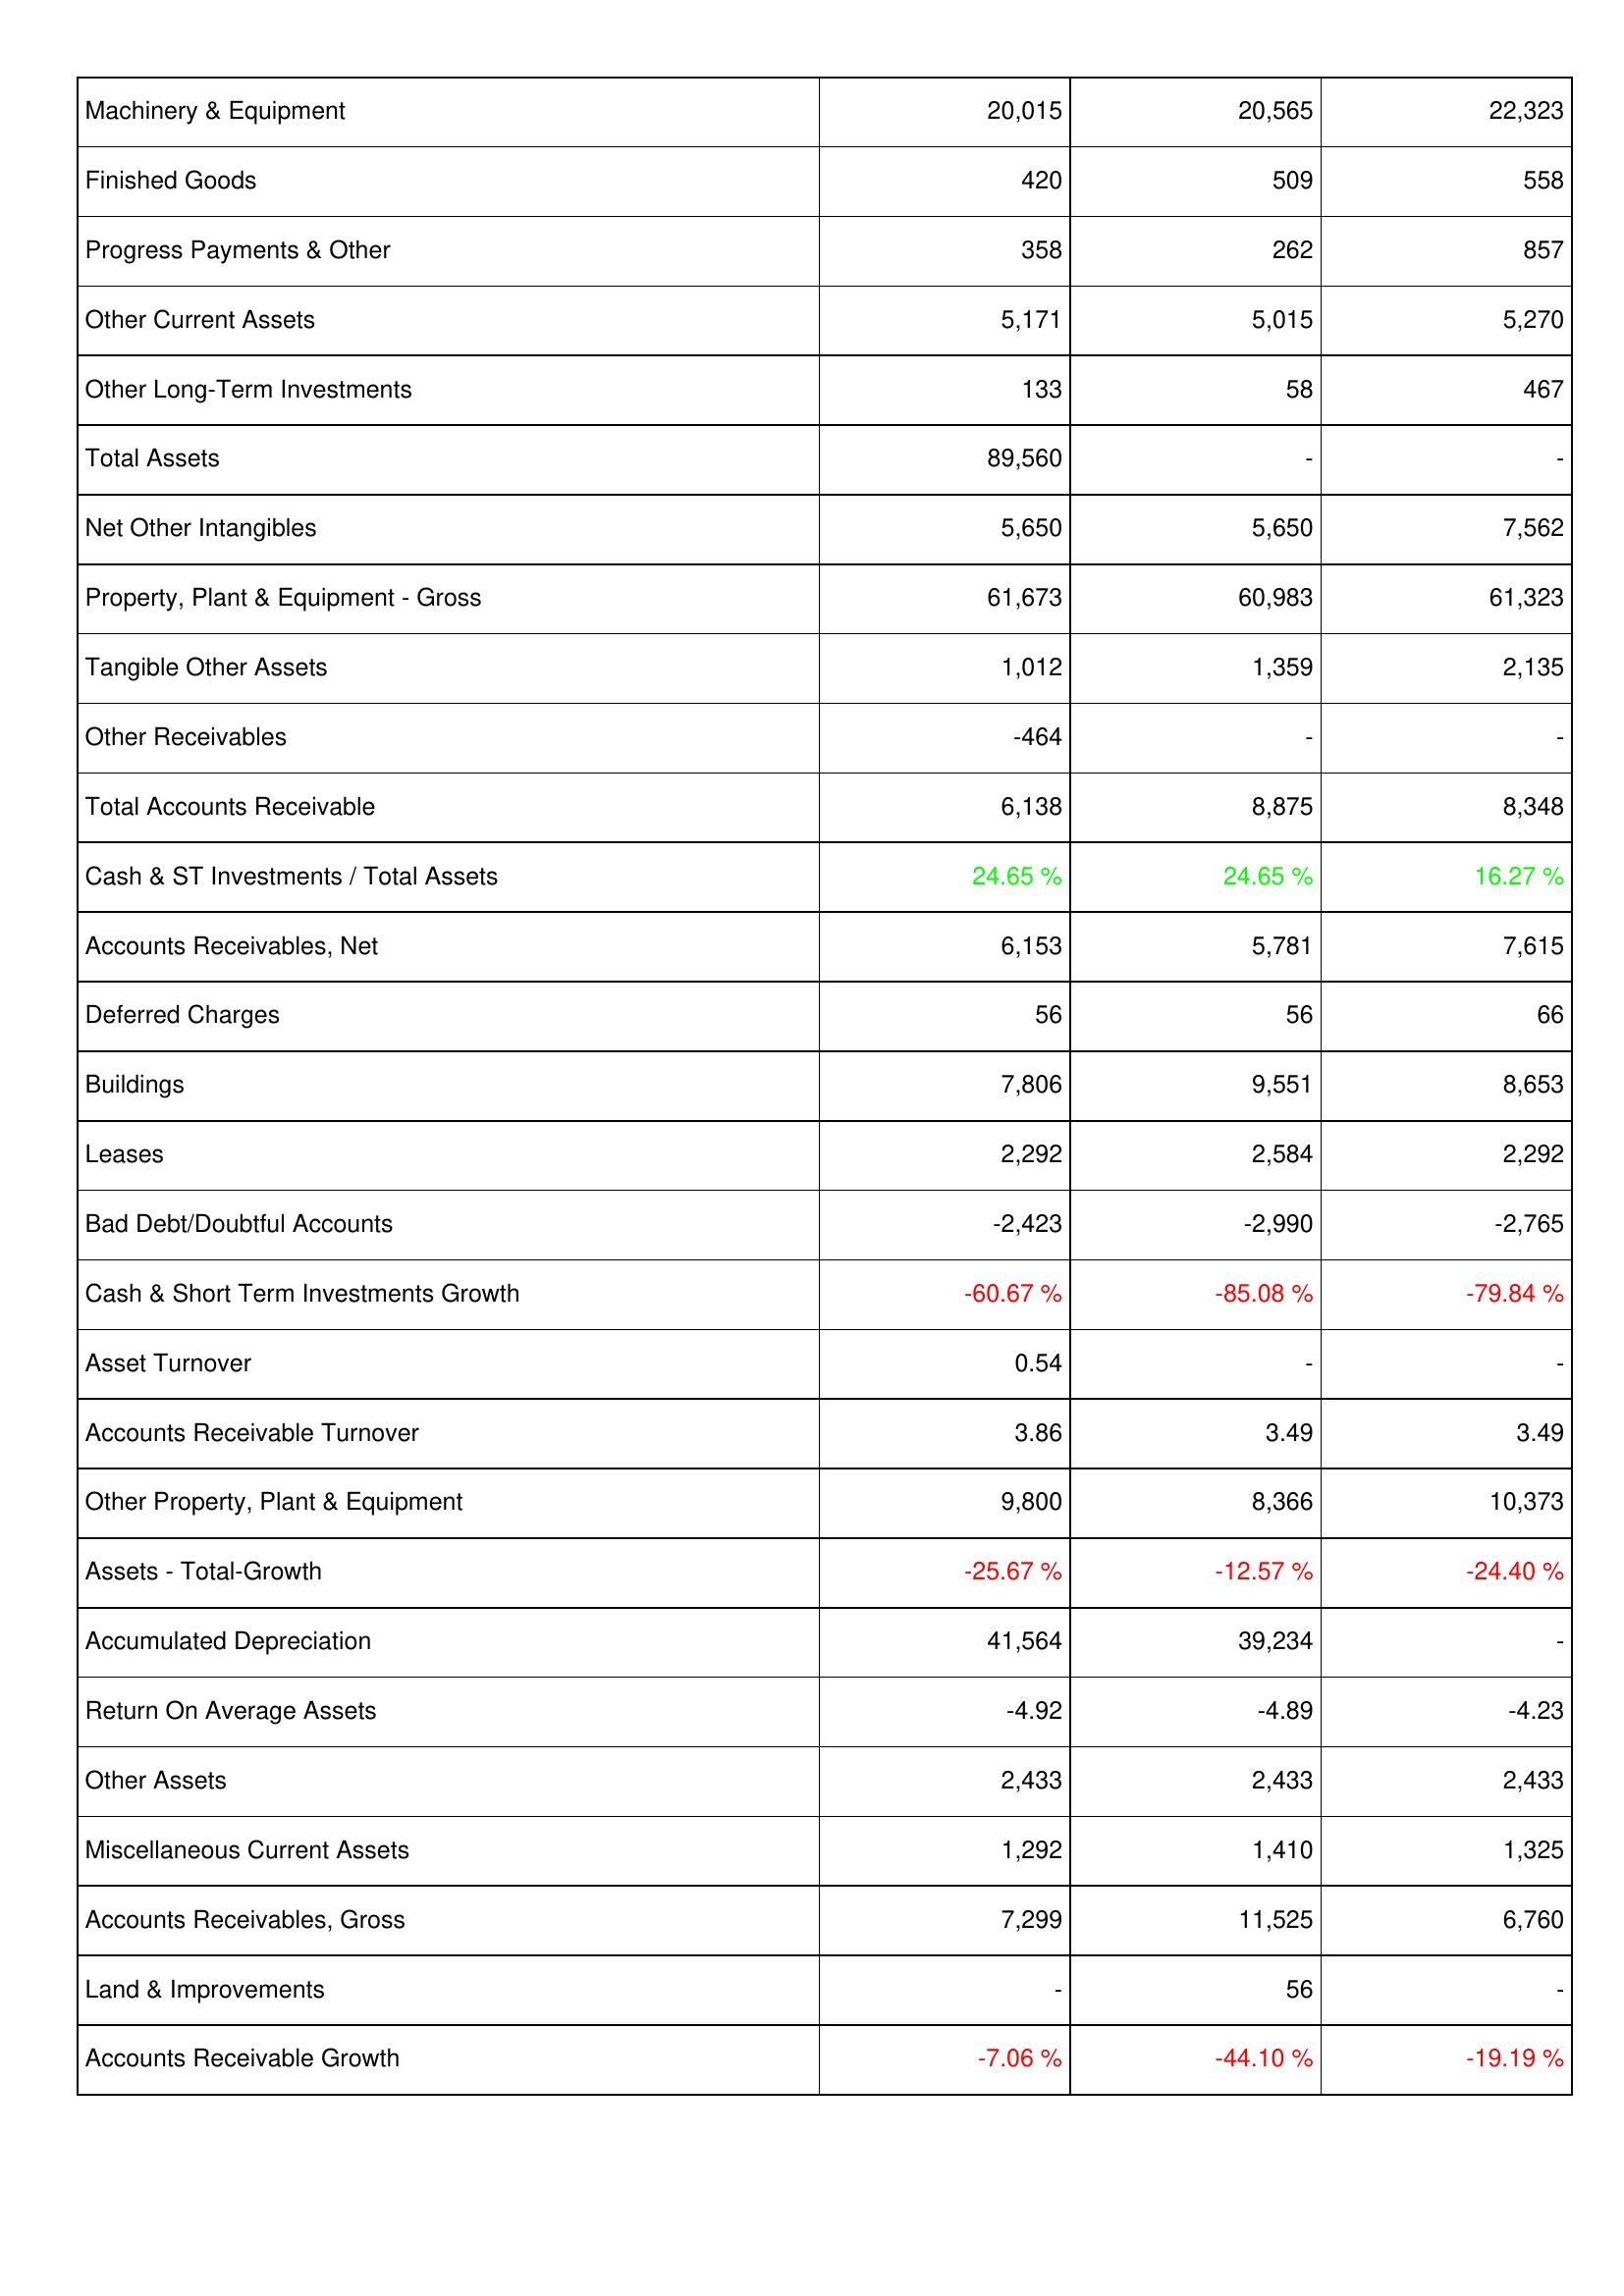
2013: Assets: Machinery & Equipment: 20,015
Finished Goods: 420
Progress Payments & Other: 358
Other Current Assets: 5,171
Other Long-Term Investments: 133
Total Assets: 89,560
Net Other Intangibles: 5,650
Property, Plant & Equipment - Gross: 61,673
Tangible Other Assets: 1,012
Other Receivables: -464
Total Accounts Receivable: 6,138
Cash & ST Investments / Total Assets: 24.65 %
Accounts Receivables, Net: 6,153
Deferred Charges: 56
Buildings: 7,806
Leases: 2,292
Bad Debt/Doubtful Accounts: -2,423
Cash & Short Term Investments Growth: -60.67 %
Asset Turnover: 0.54
Accounts Receivable Turnover: 3.86
Other Property, Plant & Equipment: 9,800
Assets - Total-Growth: -25.67 %
Accumulated Depreciation: 41,564
Return On Average Assets: -4.92
Other Assets: 2,433
Miscellaneous Current Assets: 1,292
Accounts Receivables, Gross: 7,299
Land & Improvements: -
Accounts Receivable Growth: -7.06 %
2012: Assets: Machinery & Equipment: 20,565
Finished Goods: 509
Progress Payments & Other: 262
Other Current Assets: 5,015
Other Long-Term Investments: 58
Total Assets: -
Net Other Intangibles: 5,650
Property, Plant & Equipment - Gross: 60,983
Tangible Other Assets: 1,359
Other Receivables: -
Total Accounts Receivable: 8,875
Cash & ST Investments / Total Assets: 24.65 %
Accounts Receivables, Net: 5,781
Deferred Charges: 56
Buildings: 9,551
Leases: 2,584
Bad Debt/Doubtful Accounts: -2,990
Cash & Short Term Investments Growth: -85.08 %
Asset Turnover: -
Accounts Receivable Turnover: 3.49
Other Property, Plant & Equipment: 8,366
Assets - Total-Growth: -12.57 %
Accumulated Depreciation: 39,234
Return On Average Assets: -4.89
Other Assets: 2,433
Miscellaneous Current Assets: 1,410
Accounts Receivables, Gross: 11,525
Land & Improvements: 56
Accounts Receivable Growth: -44.10 %
2011: Assets: Machinery & Equipment: 22,323
Finished Goods: 558
Progress Payments & Other: 857
Other Current Assets: 5,270
Other Long-Term Investments: 467
Total Assets: -
Net Other Intangibles: 7,562
Property, Plant & Equipment - Gross: 61,323
Tangible Other Assets: 2,135
Other Receivables: -
Total Accounts Receivable: 8,348
Cash & ST Investments / Total Assets: 16.27 %
Accounts Receivables, Net: 7,615
Deferred Charges: 66
Buildings: 8,653
Leases: 2,292
Bad Debt/Doubtful Accounts: -2,765
Cash & Short Term Investments Growth: -79.84 %
Asset Turnover: -
Accounts Receivable Turnover: 3.49
Other Property, Plant & Equipment: 10,373
Assets - Total-Growth: -24.40 %
Accumulated Depreciation: -
Return On Average Assets: -4.23
Other Assets: 2,433
Miscellaneous Current Assets: 1,325
Accounts Receivables, Gross: 6,760
Land & Improvements: -
Accounts Receivable Growth: -19.19 %